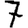
Digit: 7